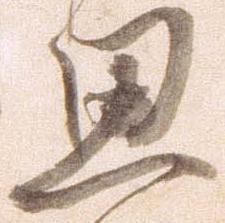
思